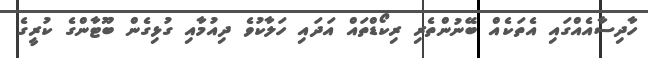
ހާދިސާއެއްގައި އެތަކެއް ބޭނުންތެރި ރިކޯޑްތައް އަދައި ހަލާކުވެ ދިއުމާއި ގުޅިގެން ބޫޓާންގެ ކުރީގެ